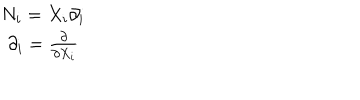
\begin{array} { c } { { N _ { i } = X _ { i } \partial _ { i } } } \\ { { \partial _ { i } = \frac { \partial } { \partial X _ { i } } } } \\ \end{array}